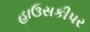
હાઉસકીપર